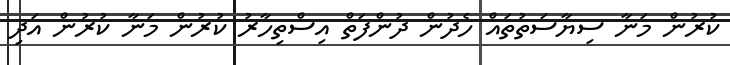
ކުރުން މަނާ ސިޔާސަތުތައް ހެދުން ދުންފަތް އިސްތިހާރު ކުރުން މަނާ ކުރުން އަދި